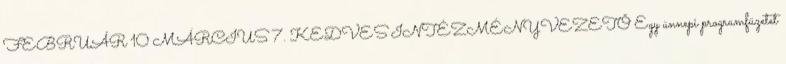
FEBRUÁR 10 MÁRCIUS 7. KEDVES INTÉZMÉNYVEZETŐ Egy ünnepi programfüzetet